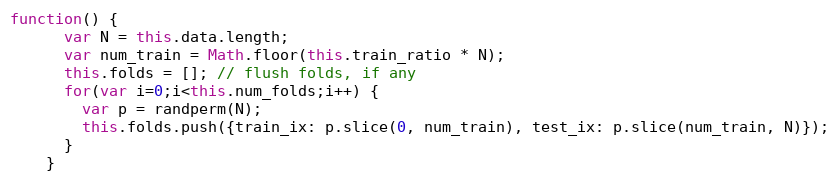
Language: JavaScript
function() {
      var N = this.data.length;
      var num_train = Math.floor(this.train_ratio * N);
      this.folds = []; // flush folds, if any
      for(var i=0;i<this.num_folds;i++) {
        var p = randperm(N);
        this.folds.push({train_ix: p.slice(0, num_train), test_ix: p.slice(num_train, N)});
      }
    }